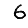
Digit: 6